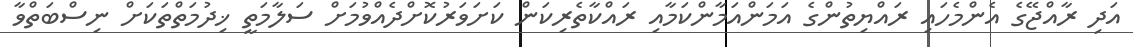
އަދި ރާއްޖޭގެ އެންމެހައި ރައްޔިތުންގެ އަމަންއަމާންކަމާއި ރައްކާތެރިކަން ކަށަވަރުކޮށްދެއްވުމަށް ސަލާމަތީ ޚިދުމަތްތަކަށް ނިސްބަތްވާ